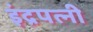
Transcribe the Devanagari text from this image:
इंद्रपत्‍नी